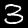
Label: 3